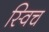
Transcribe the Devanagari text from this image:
स्‍विच